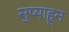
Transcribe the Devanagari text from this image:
सुप्याहून